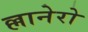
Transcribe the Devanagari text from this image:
ल्लानेरो